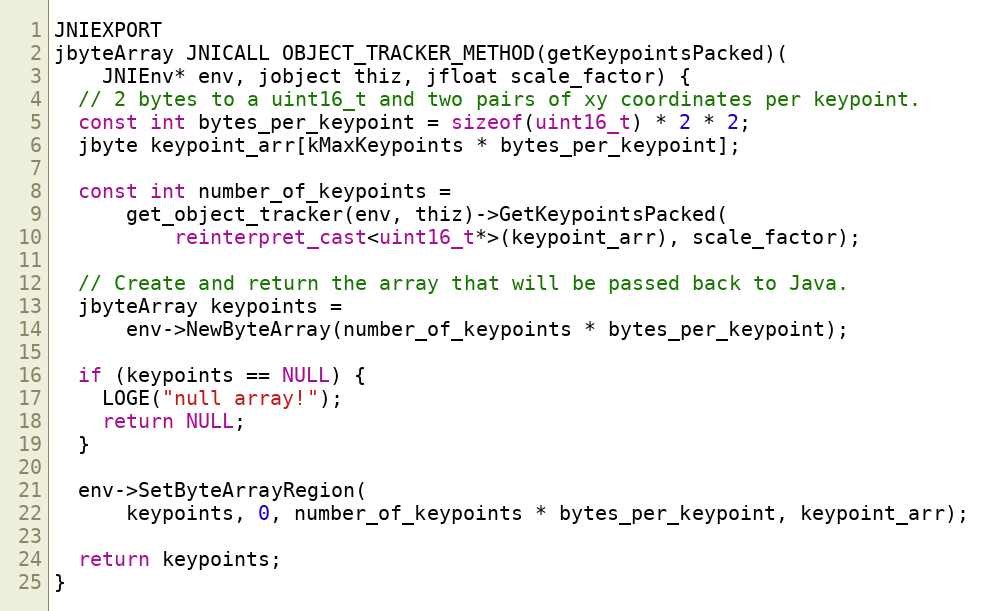
Language: C++
JNIEXPORT
jbyteArray JNICALL OBJECT_TRACKER_METHOD(getKeypointsPacked)(
    JNIEnv* env, jobject thiz, jfloat scale_factor) {
  // 2 bytes to a uint16_t and two pairs of xy coordinates per keypoint.
  const int bytes_per_keypoint = sizeof(uint16_t) * 2 * 2;
  jbyte keypoint_arr[kMaxKeypoints * bytes_per_keypoint];

  const int number_of_keypoints =
      get_object_tracker(env, thiz)->GetKeypointsPacked(
          reinterpret_cast<uint16_t*>(keypoint_arr), scale_factor);

  // Create and return the array that will be passed back to Java.
  jbyteArray keypoints =
      env->NewByteArray(number_of_keypoints * bytes_per_keypoint);

  if (keypoints == NULL) {
    LOGE("null array!");
    return NULL;
  }

  env->SetByteArrayRegion(
      keypoints, 0, number_of_keypoints * bytes_per_keypoint, keypoint_arr);

  return keypoints;
}